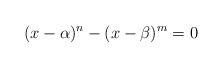
LaTeX: \begin{align*} (x-\alpha)^n-(x-\beta)^m=0\end{align*}